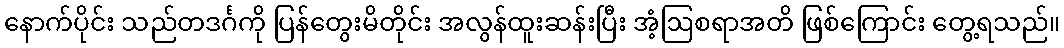
နောက်ပိုင်း သည်တဒင်္ဂကို ပြန်တွေးမိတိုင်း အလွန်ထူးဆန်းပြီး အံ့ဩစရာအတိ ဖြစ်ကြောင်း တွေ့ရသည်။